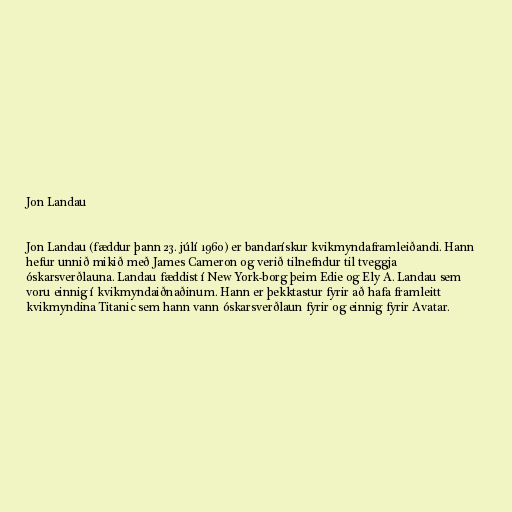
Jon Landau

Jon Landau (fæddur þann 23. júlí 1960) er bandarískur kvikmyndaframleiðandi. Hann
hefur unnið mikið með James Cameron og verið tilnefndur til tveggja
óskarsverðlauna. Landau fæddist í New York-borg þeim Edie og Ely A. Landau sem
voru einnig í kvikmyndaiðnaðinum. Hann er þekktastur fyrir að hafa framleitt
kvikmyndina Titanic sem hann vann óskarsverðlaun fyrir og einnig fyrir Avatar.